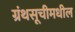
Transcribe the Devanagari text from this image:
ग्रंथसूचीमधील